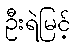
ဦးရဲမြင့်